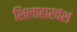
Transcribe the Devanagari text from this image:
शिलाहारवंश